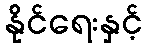
နိုင်ရေးနှင့်